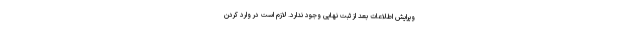
ویرایش اطلاعات بعد از ثبت نهایی وجود ندارد. لازم است در وارد کردن